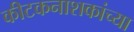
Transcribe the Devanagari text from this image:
कीटकनाशकांच्या